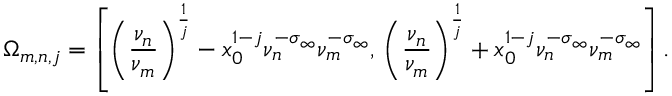
\Omega _ { m , n , j } = \left[ \left( \frac { \nu _ { n } } { \nu _ { m } } \right) ^ { \frac { 1 } { j } } - x _ { 0 } ^ { 1 - j } \nu _ { n } ^ { - \sigma _ { \infty } } \nu _ { m } ^ { - \sigma _ { \infty } } , \, \left( \frac { \nu _ { n } } { \nu _ { m } } \right) ^ { \frac { 1 } { j } } + x _ { 0 } ^ { 1 - j } \nu _ { n } ^ { - \sigma _ { \infty } } \nu _ { m } ^ { - \sigma _ { \infty } } \right] .